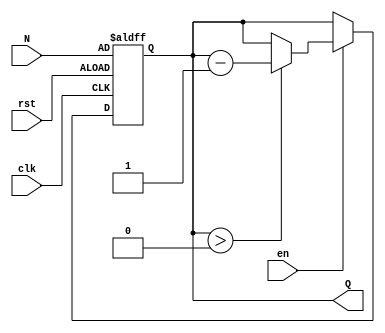
module down_counter (
    input wire clk,         // Clock signal
    input wire en,         // Enable signal
    input wire rst,        // Reset signal
    input wire [7:0] N,    // Initial count value (8-bit for example)
    output reg [7:0] Q     // Current count value (8-bit)
);

    // Asynchronous reset and synchronous counting
    always @(posedge clk or posedge rst) begin
        if (rst) begin
            Q <= N;         // Reset the counter to the initial value N
        end else if (en) begin
            if (Q > 0) begin
                Q <= Q - 1; // Decrement the counter if enabled and not zero
            end
        end
    end

endmodule